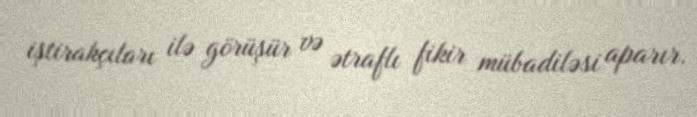
iştirakçıları ilə görüşür və ətraflı fikir mübadiləsi aparır.